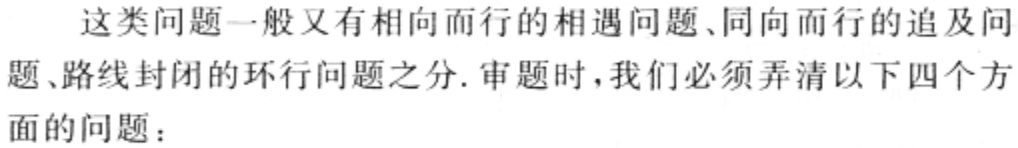
这类问题一般又有相向而行的相遇问题、同向而行的追及问题、路线封闭的环行问题之分. 审题时，我们必须弄清以下四个方面的问题：